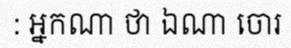
: អ្នកណា ថា ឯណា ចោរ